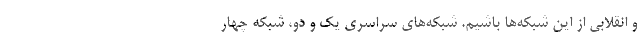
و انقلابی از این شبکه‌ها باشیم. شبکه‌های سراسری یک و دو، شبکه چهار